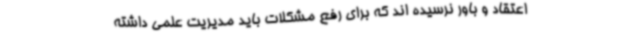
اعتقاد و باور نرسیده اند که برای رفع مشکلات باید مدیریت علمی داشته